Indian journal of veterinary science and animal husbandry - Volume 6,
Year: 1936
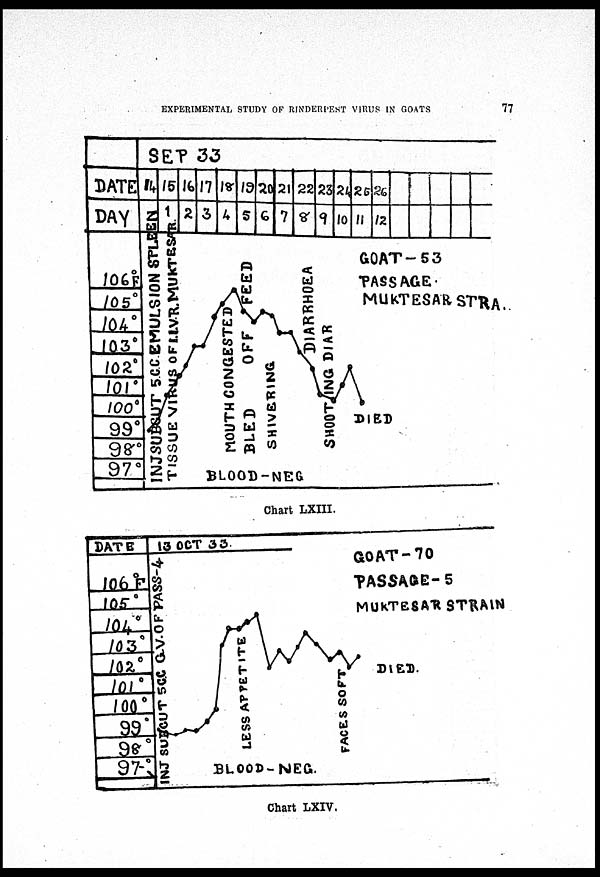
EXPERIMENTAL STUDY OF RINDERPEST VIRUS IN GOATS
77
Chart LXIII.
Chart LXIV.